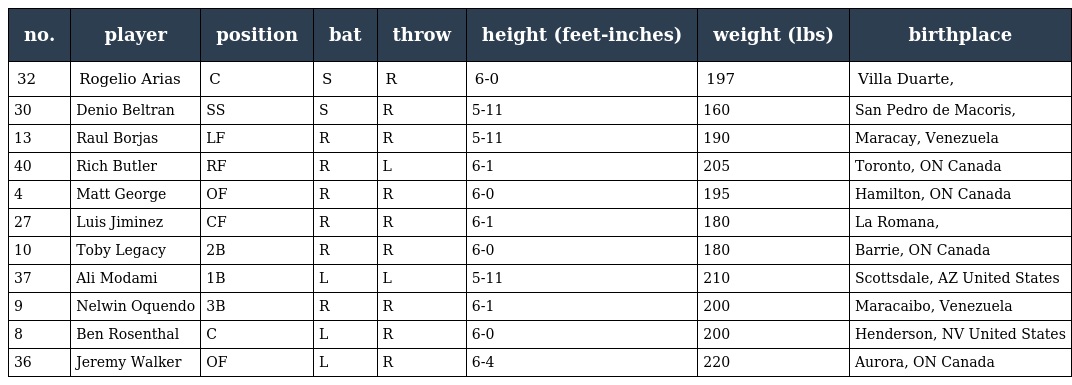
| no. | player | position | bat | throw | height (feet-inches) | weight (lbs) | birthplace |
 | --- | --- | --- | --- | --- | --- | --- | --- |
 | 32 | Rogelio Arias | C | S | R | 6-0 | 197 | Villa Duarte, |
 | 30 | Denio Beltran | SS | S | R | 5-11 | 160 | San Pedro de Macoris, |
 | 13 | Raul Borjas | LF | R | R | 5-11 | 190 | Maracay, Venezuela |
 | 40 | Rich Butler | RF | R | L | 6-1 | 205 | Toronto, ON Canada |
 | 4 | Matt George | OF | R | R | 6-0 | 195 | Hamilton, ON Canada |
 | 27 | Luis Jiminez | CF | R | R | 6-1 | 180 | La Romana, |
 | 10 | Toby Legacy | 2B | R | R | 6-0 | 180 | Barrie, ON Canada |
 | 37 | Ali Modami | 1B | L | L | 5-11 | 210 | Scottsdale, AZ United States |
 | 9 | Nelwin Oquendo | 3B | R | R | 6-1 | 200 | Maracaibo, Venezuela |
 | 8 | Ben Rosenthal | C | L | R | 6-0 | 200 | Henderson, NV United States |
 | 36 | Jeremy Walker | OF | L | R | 6-4 | 220 | Aurora, ON Canada |